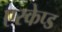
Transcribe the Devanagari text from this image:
एस्केप्ड